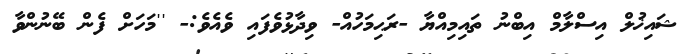
ޝައިޚުލް އިސްލާމް އިބްނު ތައިމިއްޔާ -ރަޙިމަހުއް- ވިދާޅުވެފައި ވެއެވެ:- ''މަހަށް ފެން ބޭނުންވާ